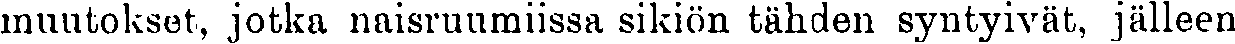
muutokset, jotka naisruumiissa sikiön tähden syntyivät, jälleen